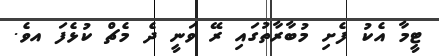
ޓީމާ އެކު ފެށި މުބާރާތުގައި ރޭ ވަނީ ދެ މެޗް ކުޅެފަ އވެ.